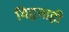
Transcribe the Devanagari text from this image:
विद्वत्ताही